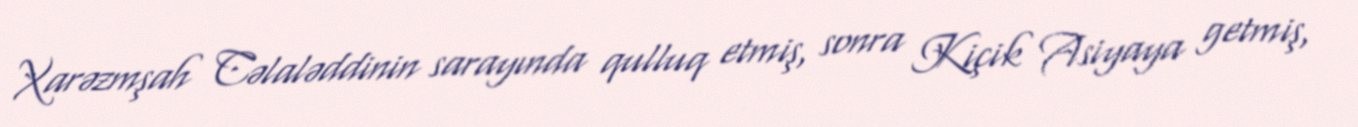
Xarəzmşah Cəlaləddinin sarayında qulluq etmiş, sonra Kiçik Asiyaya getmiş,